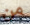
من